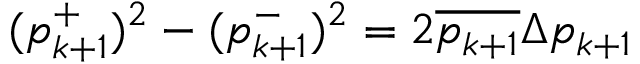
( p _ { k + 1 } ^ { + } ) ^ { 2 } - ( p _ { k + 1 } ^ { - } ) ^ { 2 } = 2 \overline { { p _ { k + 1 } } } \Delta p _ { k + 1 }